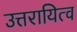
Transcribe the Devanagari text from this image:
उत्तरायित्व